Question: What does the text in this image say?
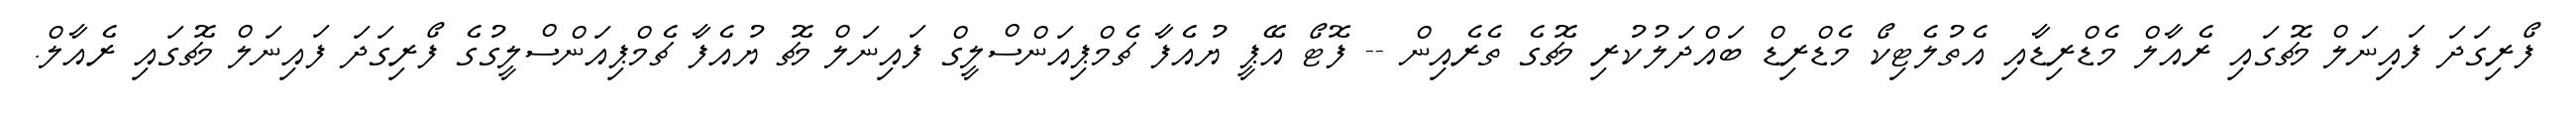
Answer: ފޯރިގަދަ ފައިނަލް މެޗުގައި ރެއާލް މެޑްރިޑާއި އެތުލެޓިކޯ މެޑްރިޑް ބައްދަލުކުރި މެޗުގެ ތެރެއިން -- ފޮޓޯ އޭޕީ ޔުއެފާ ޗެމްޕިއަންސްލީގް ފައިނަލް މެޗު ޔުއެފާ ޗެމްޕިއަންސްލީގުގެ ފޯރިގަދަ ފައިނަލް މެޗުގައި ރެއާލް.